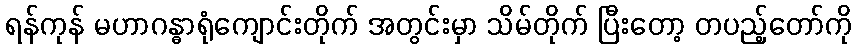
ရန်ကုန် မဟာဂန္ဓာရုံကျောင်းတိုက် အတွင်းမှာ သိမ်တိုက် ပြီးတော့ တပည့်တော်ကို